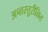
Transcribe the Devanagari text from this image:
अपास्तुरीक्रित